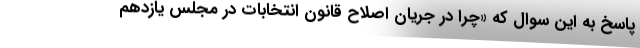
پاسخ به این سوال که «چرا در جریان اصلاح قانون انتخابات در مجلس یازدهم